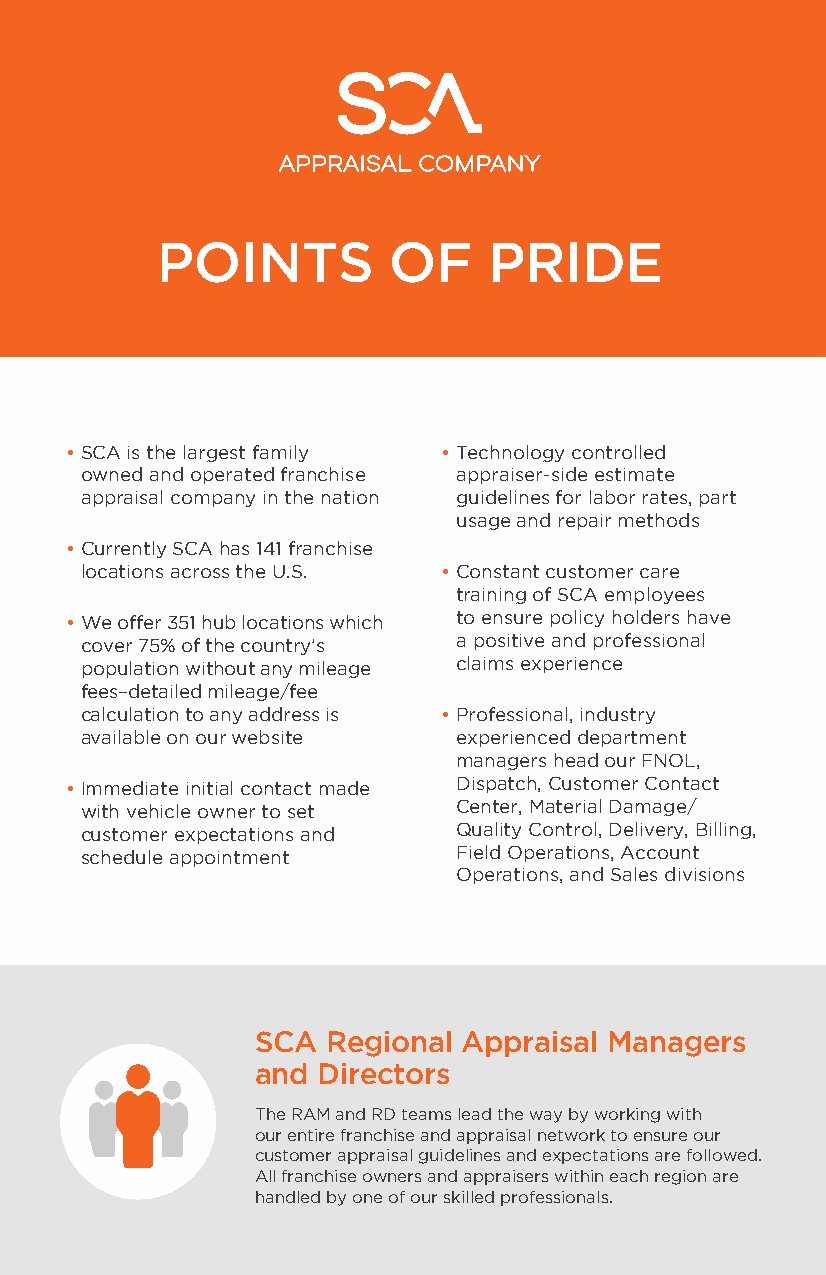
POINTS          OF    PRIDE
 • SCA is the largest family • Technology controlled
 owned and operated franchise appraiser-side estimate
 appraisal company in the nation guidelines for labor rates, part
 usage and repair methods
 • Currently SCA has 141 franchise
 locations across the U.S. • Constant customer care
 training of SCA employees
 • We offer 351 hub locations which to ensure policy holders have
 cover 75% of the country’s a positive and professional
 population without any mileage claims experience
 fees–detailed mileage/fee
 calculation to any address is • Professional, industry
 available on our website experienced department
 managers head our FNOL,
 • Immediate initial contact made Dispatch, Customer Contact
 with vehicle owner to set Center, Material Damage/
 customer expectations and Quality Control, Delivery, Billing,
 schedule appointment     Field Operations, Account
 Operations, and Sales divisions
 SCA  Regional Appraisal Managers
 and Directors
 The RAM and RD teams lead the way by working with
 our entire franchise and appraisal network to ensure our
 customer appraisal guidelines and expectations are followed.
 All franchise owners and appraisers within each region are
 handled by one of our skilled professionals.